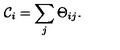
{ \cal C } _ { i } = \sum _ { j } \Theta _ { i j } .